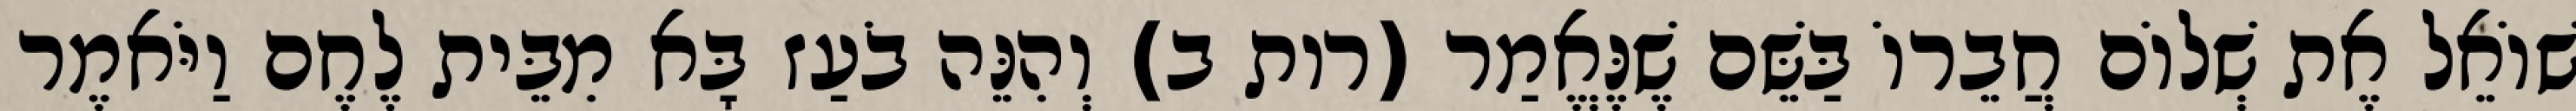
שׁוֹאֵל אֶת שְׁלוֹם חֲבֵרוֹ בַּשֵּׁם שֶׁנֶּאֱמַר (רות ב) וְהִנֵּה בֹעַז בָּא מִבֵּית לֶחֶם וַיֹּאמֶר